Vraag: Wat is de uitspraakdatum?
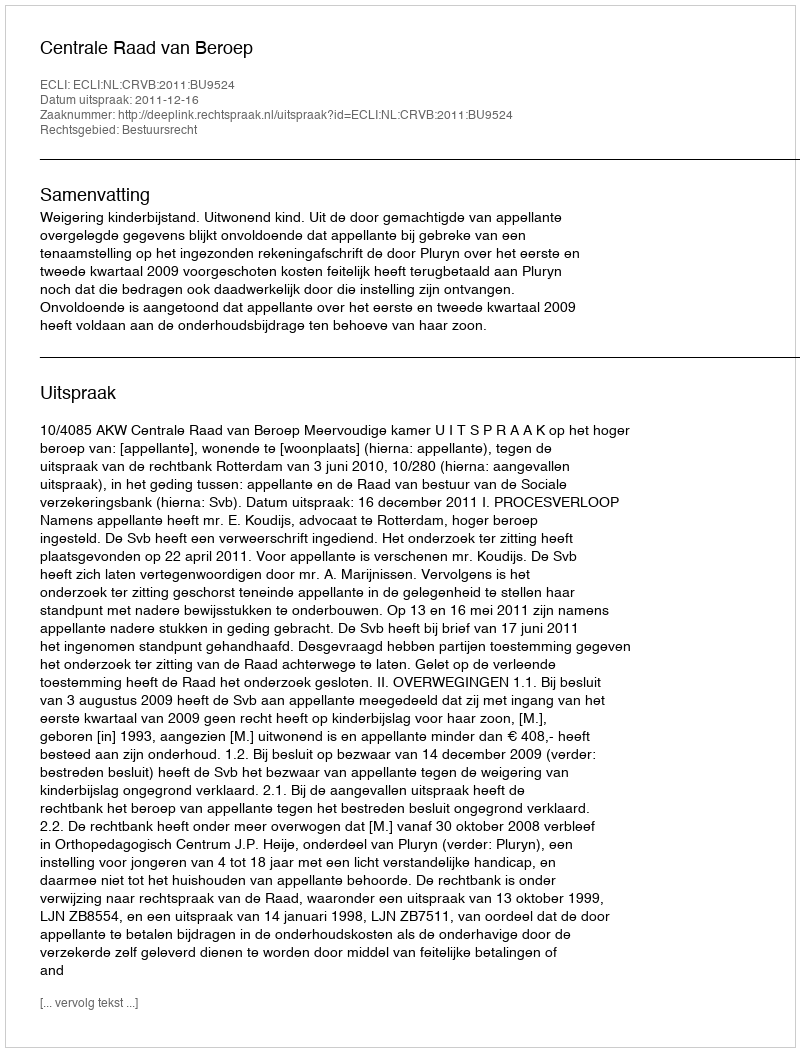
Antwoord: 2011-12-16